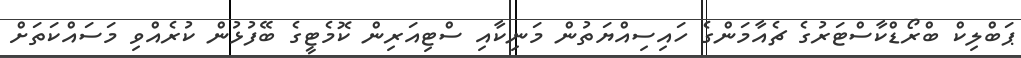
ޕަބްލިކް ބްރޯޑްކާސްޓަރުގެ ޗެއާމަންގެ ހައިސިއްޔަތުން މަނިކާއި ސްޓިއަރިން ކޮމެޓީގެ ބޭފުޅުން ކުރެއްވި މަސައްކަތަށް